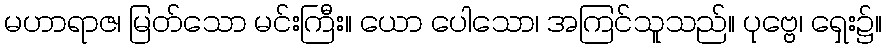
မဟာရာဇ၊ မြတ်သော မင်းကြီး။ ယော ပေါသော၊ အကြင်သူသည်။ ပုဗ္ဗေ၊ ရှေး၌။